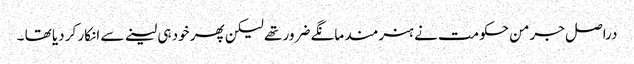
دراصل جرمن حکومت نے ہنرمند مانگے ضرور تھے لیکن پھر خود ہی لینے سے انکار کر دیا تھا ۔